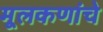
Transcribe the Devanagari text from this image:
मूलकणांचे